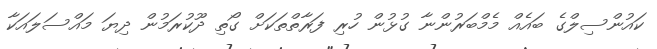
ކައުންސިލްގެ ބައެއް މެމްބަރުންނާ ގުޅުން ހުރި ފަރާތްތަކަށް ގޯތި ދޫކުރަމުން ދިޔަ މައްސަލައަކާ